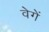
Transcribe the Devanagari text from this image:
वेगें